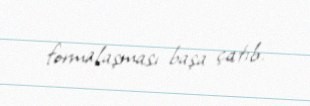
formalaşması başa çatıb.